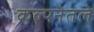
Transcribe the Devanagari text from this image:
कल्पनेतले